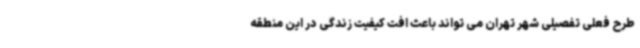
طرح فعلی تفصیلی شهر تهران می تواند باعث افت کیفیت زندگی در این منطقه